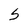
Character: 5